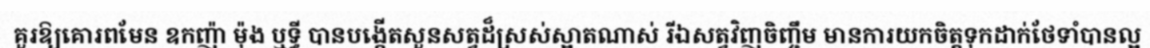
គួរឱ្យគោរពមែន ឧកញ៉ា ម៉ុង ឬទ្ធី បានបង្កើតសួនសត្វដ៏ស្រស់ស្អាតណាស់ រីឯសត្វវិញចិញ្ចឹម មានការយកចិត្តទុកដាក់ថែទាំបានល្អ